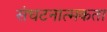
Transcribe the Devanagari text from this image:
संघटनात्मकता